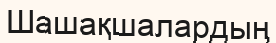
Шашақшалардың